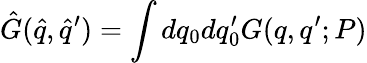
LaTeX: {\hat{G}}({\hat{q}},{\hat{q}}^{\prime})=\int{dq_{0}dq_{0}^{\prime}}G(q,q^{\prime};P)